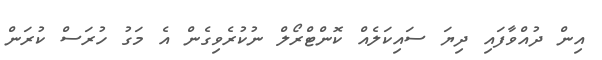
އިން ދުއްވާފައި ދިޔަ ސައިކަލެއް ކޮންޓްރޯލް ނުކުރެވިގެން އެ މަގު ހުރަސް ކުރަން